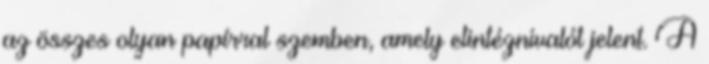
az összes olyan papírral szemben, amely elintéznivalót jelent. A